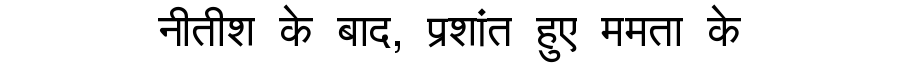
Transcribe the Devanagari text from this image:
नीतीश के बाद, प्रशांत हुए ममता के